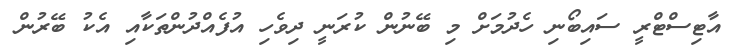
އާޓިސްޓްރީ ސައިބޯނި ހެދުމަށް މި ބޭނުން ކުރަނީ ދިވެހި އުފެއްދުންތަކާއި އެކު ބޭރުން